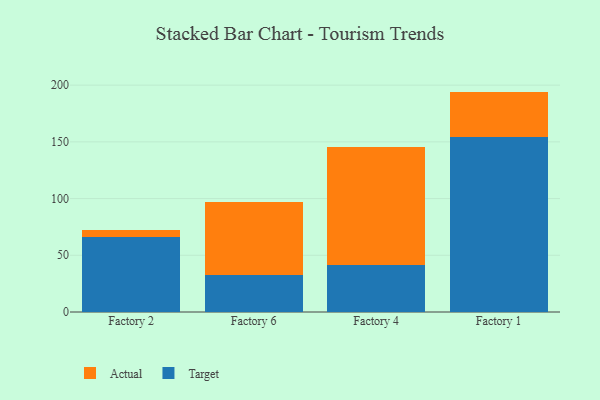
{"axis": {"x": "Factory", "y": "Gross Profit (USD K)"}, "legend": ["Actual", "Target"], "data": [{"x": "Factory 2", "y": 65.7, "type": "Target"}, {"x": "Factory 2", "y": 6.6, "type": "Actual"}, {"x": "Factory 6", "y": 32.5, "type": "Target"}, {"x": "Factory 6", "y": 64.5, "type": "Actual"}, {"x": "Factory 4", "y": 41.6, "type": "Target"}, {"x": "Factory 4", "y": 104.1, "type": "Actual"}, {"x": "Factory 1", "y": 154.7, "type": "Target"}, {"x": "Factory 1", "y": 39.6, "type": "Actual"}]}